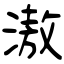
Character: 滶